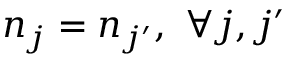
n _ { j } = n _ { j ^ { \prime } } , ~ \forall j , j ^ { \prime }